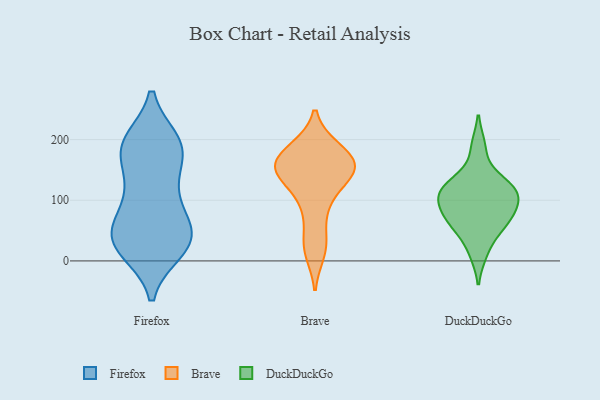
{"axis": {"x": "LTV (USD)", "y": "Value"}, "legend": ["Brave", "DuckDuckGo", "Firefox"], "data": [{"x": "", "y": 44, "type": "Firefox"}, {"x": "", "y": 193, "type": "Firefox"}, {"x": "", "y": 52, "type": "Firefox"}, {"x": "", "y": 30, "type": "Firefox"}, {"x": "", "y": 49, "type": "Firefox"}, {"x": "", "y": 114, "type": "Firefox"}, {"x": "", "y": 186, "type": "Firefox"}, {"x": "", "y": 197, "type": "Firefox"}, {"x": "", "y": 181, "type": "Firefox"}, {"x": "", "y": 107, "type": "Firefox"}, {"x": "", "y": 124, "type": "Firefox"}, {"x": "", "y": 19, "type": "Firefox"}, {"x": "", "y": 17, "type": "Firefox"}, {"x": "", "y": 161, "type": "Firefox"}, {"x": "", "y": 195, "type": "Firefox"}, {"x": "", "y": 54, "type": "Firefox"}, {"x": "", "y": 20, "type": "Firefox"}, {"x": "", "y": 71, "type": "Firefox"}, {"x": "", "y": 192, "type": "Firefox"}, {"x": "", "y": 30, "type": "Firefox"}, {"x": "", "y": 157, "type": "Brave"}, {"x": "", "y": 151, "type": "Brave"}, {"x": "", "y": 186, "type": "Brave"}, {"x": "", "y": 167, "type": "Brave"}, {"x": "", "y": 146, "type": "Brave"}, {"x": "", "y": 84, "type": "Brave"}, {"x": "", "y": 33, "type": "Brave"}, {"x": "", "y": 148, "type": "Brave"}, {"x": "", "y": 186, "type": "Brave"}, {"x": "", "y": 110, "type": "Brave"}, {"x": "", "y": 149, "type": "Brave"}, {"x": "", "y": 14, "type": "Brave"}, {"x": "", "y": 69, "type": "DuckDuckGo"}, {"x": "", "y": 188, "type": "DuckDuckGo"}, {"x": "", "y": 89, "type": "DuckDuckGo"}, {"x": "", "y": 113, "type": "DuckDuckGo"}, {"x": "", "y": 13, "type": "DuckDuckGo"}, {"x": "", "y": 85, "type": "DuckDuckGo"}, {"x": "", "y": 133, "type": "DuckDuckGo"}, {"x": "", "y": 61, "type": "DuckDuckGo"}, {"x": "", "y": 52, "type": "DuckDuckGo"}, {"x": "", "y": 111, "type": "DuckDuckGo"}, {"x": "", "y": 111, "type": "DuckDuckGo"}, {"x": "", "y": 125, "type": "DuckDuckGo"}]}